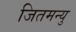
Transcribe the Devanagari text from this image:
जितमन्यु